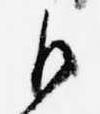
御